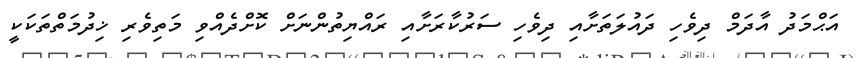
އަޙްމަދު އާދަމް ދިވެހި ދައުލަތަށާއި ދިވެހި ސަރުކާރަށާއި ރައްޔިތުންނަށް ކޮށްދެއްވި މަތިވެރި ޚިދުމަތްތަކަކީ